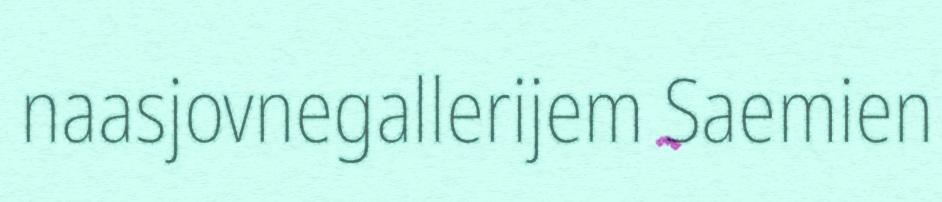
naasjovnegallerijem Saemien